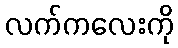
လက်ကလေးကို